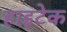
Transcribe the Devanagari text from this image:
हाइटेक